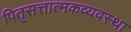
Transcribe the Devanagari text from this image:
पितृसत्तात्मकव्यवस्था